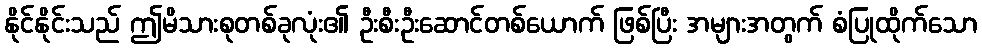
နိုင်နိုင်းသည် ဤမိသားစုတစ်ခုလုံး၏ ဦးစီးဦးဆောင်တစ်ယောက် ဖြစ်ပြီး အများအတွက် စံပြုထိုက်သော